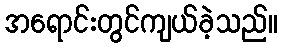
အရောင်းတွင်ကျယ်ခဲ့သည်။